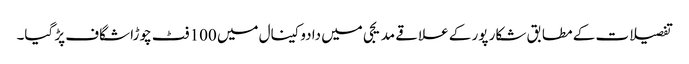
تفصیلات کے مطابق شکار پور کے علاقے مدیجی میں دادوکینال میں 100 فٹ چوڑا شگاف پڑ گیا۔